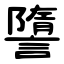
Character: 䜐